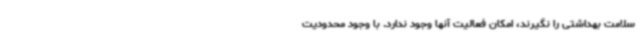
سلامت بهداشتی را نگیرند، امکان فعالیت آنها وجود ندارد. با وجود محدودیت